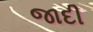
જાદી